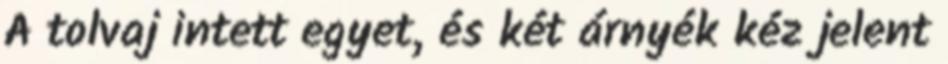
A tolvaj intett egyet, és két árnyék kéz jelent